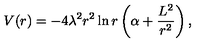
V ( r ) = - 4 \lambda ^ { 2 } r ^ { 2 } \ln r \left( \alpha + \frac { L ^ { 2 } } { r ^ { 2 } } \right) ,